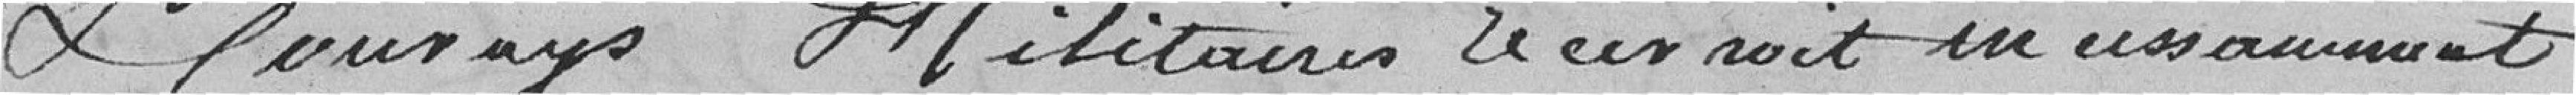
et Cournays militaires recevront incessamment